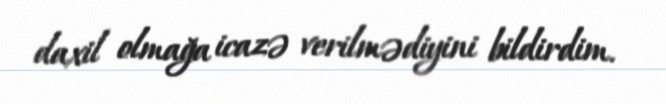
daxil olmağa icazə verilmədiyini bildirdim.